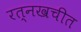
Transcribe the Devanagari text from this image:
रत्नखचीत